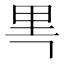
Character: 𰼘